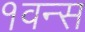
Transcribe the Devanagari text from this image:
१वन्स